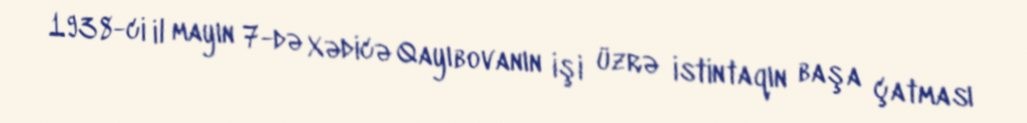
1938-ci il mayın 7-də Xədicə Qayıbovanın işi üzrə istintaqın başa çatması